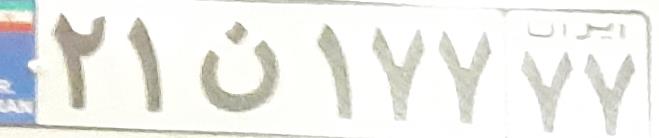
۲۱ن۱۷۷۷۷